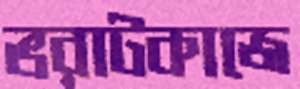
ভরাটকাজে